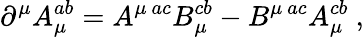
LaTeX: {\partial}^{\mu}A_{\mu}^{ab}=A^{\mu~ac}B_{\mu}^{cb}-B^{\mu~ac}A_{\mu}^{cb}~,